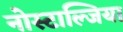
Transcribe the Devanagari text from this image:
नोस्टाल्जिया